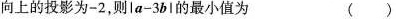
方向上的投影为-2，则\left | $$a - 3 b$$ \right | 的最小值为 ()